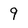
Character: 9